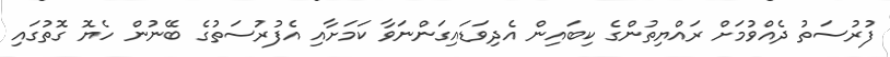
ފުރުސަތު ދެއްވުމަށް ރައްޔިތުންގެ ކިބައިން އެދިވަޑައިގަންނަވާ ކަމަށާއި އެފުރުސަތުގެ ބޭނުން ހެޔޮ ގޮތުގައި